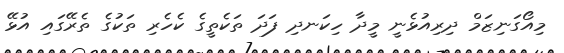
މިއޯގަނިޒަމް ދިރިއުޅެނީ މީދާ ހިކަނދި ފަދަ ތަކެތީގެ ކެހެރި ތަކުގެ ތެރޭގައި އުޅޭ